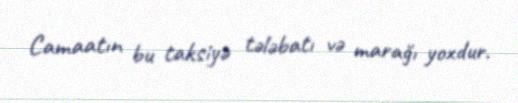
Camaatın bu taksiyə tələbatı və marağı yoxdur.